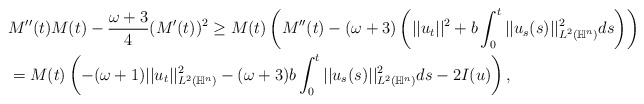
\begin{align*}&M''(t) M(t) - \frac{\omega+3}{4} (M'(t))^2 \geq M(t)\left( M''(t) - (\omega +3)\left( ||u_t||^2 + b\int_{0}^t ||u_s(s)||^2_{L^2(\mathbb{H}^n)} ds \right) \right)\\&=M(t) \left( -(\omega+1) ||u_t||^2_{L^2(\mathbb{H}^n)} - (\omega +3)b\int_{0}^t ||u_s(s)||^2_{L^2(\mathbb{H}^n)} ds -2I(u)\right),\end{align*}